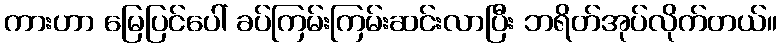
ကားဟာ မြေပြင်ပေါ် ခပ်ကြမ်းကြမ်းဆင်းလာပြီး ဘရိတ်အုပ်လိုက်တယ်။